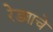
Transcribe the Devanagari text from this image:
रेड्याचे